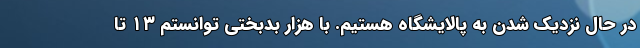
در حال نزدیک شدن به پالایشگاه هستیم. با هزار بدبختی توانستم ۱۳ تا